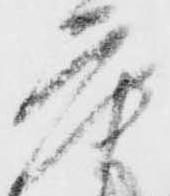
庫